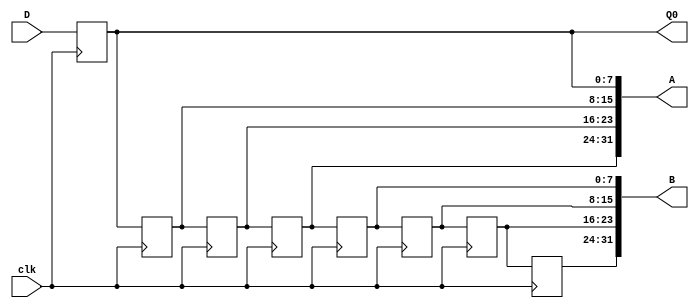
module In_Queue(D,clk,A,B,Q0);
input clk;
input [7:0] D;
output [31:0] A,B;
output [7:0] Q0;
reg [7:0] Q0,Q1,Q2,Q3,Q4,Q5,Q6,Q7;

assign A={Q3,Q2,Q1,Q0};
assign B={Q7,Q6,Q5,Q4};
always @(posedge clk)
begin
Q0<=D;
Q1<=Q0;
Q2<=Q1;
Q3<=Q2;
Q4<=Q3;
Q5<=Q4;
Q6<=Q5;
Q7<=Q6;
end
endmodule